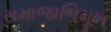
સમાજાભિમૂખ